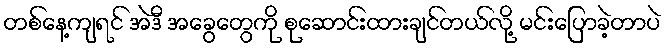
တစ်နေ့ကျရင် အဲဒီ အခွေတွေကို စုဆောင်းထားချင်တယ်လို့ မင်းပြောခဲ့တာပဲ